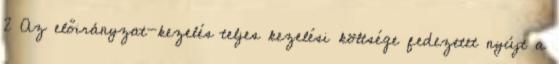
2 Az előirányzat-kezelés teljes kezelési költsége fedezetet nyújt a